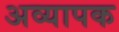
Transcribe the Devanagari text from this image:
अव्यापक